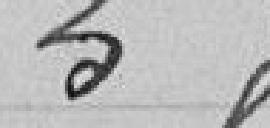
5 francs